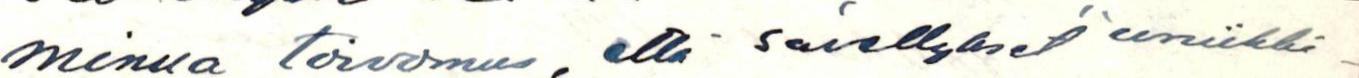
minua toivomus, että sävellykset "uniikki-